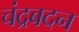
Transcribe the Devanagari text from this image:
चंद्रबदन